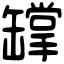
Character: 罉